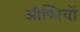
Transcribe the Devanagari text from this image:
औष्धियों